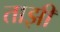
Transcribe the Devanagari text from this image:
ताझी